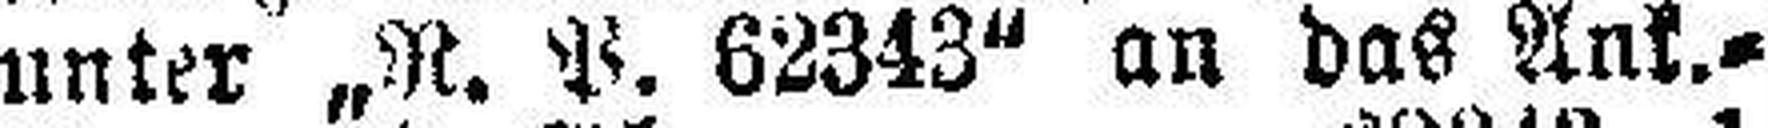
unter „R. P. 62343" an das Ank.=